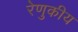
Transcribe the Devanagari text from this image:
रेणुकीय